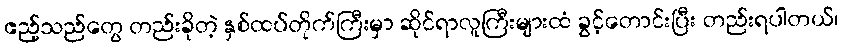
ဧည့်သည်တွေ တည်းခိုတဲ့ နှစ်ထပ်တိုက်ကြီးမှာ ဆိုင်ရာလူကြီးများထံ ခွင့်တောင်းပြီး တည်းရပါတယ်၊